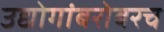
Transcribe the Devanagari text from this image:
उद्योगांबरोबरच